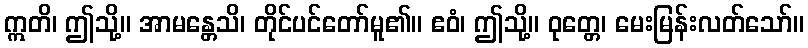
ဣတိ၊ ဤသို့။ အာမန္တေသိ၊ တိုင်ပင်တော်မူ၏။ ဧဝံ၊ ဤသို့။ ဝုတ္တေ၊ မေးမြန်းလတ်သော်။